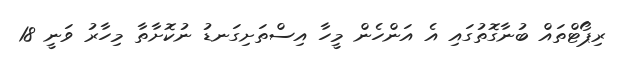
ރިޕޯޓްތައް ބުނާގޮތުގައި އެ އަންހެން މީހާ އިސްތަށިގަނޑު ނުކޮށާތާ މިހާރު ވަނީ 18